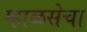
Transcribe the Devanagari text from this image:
म्हाळसेचा